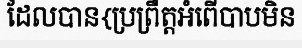
ដែលបាន{ប្រព្រឹត្តអំពើបាបមិន